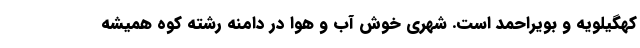
كهگيلويه و بويراحمد است. شهري خوش ‌آب و هوا در دامنه رشته كوه هميشه